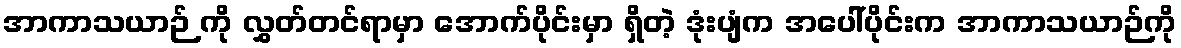
အာကာသယာဉ် ကို လွှတ်တင်ရာမှာ အောက်ပိုင်းမှာ ရှိတဲ့ ဒုံးပျံက အပေါ်ပိုင်းက အာကာသယာဉ်ကို